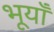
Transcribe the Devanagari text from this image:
भूयाँ